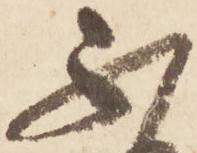
不